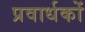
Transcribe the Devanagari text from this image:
प्रवार्धकों